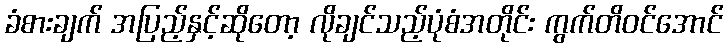
ခံစားချက် အပြည့်နှင့်ဆိုတော့ လိုချင်သည့်ပုံစံအတိုင်း ကွက်တိဝင်အောင်